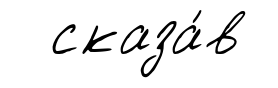
сказа́в